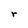
Character: r